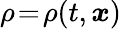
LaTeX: \rho\! =\! \rho(t,\boldsymbol{x})